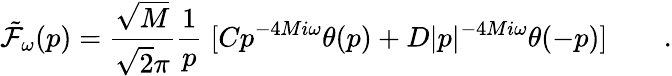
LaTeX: {\tilde{\cal F}}_{\omega}(p)={\frac{\sqrt{M}}{\sqrt{2}\pi}}{\frac{1}{p}}\; [Cp^{-4Mi\omega}\theta(p)+D\vert p\vert^{-4Mi\omega}\theta(-p)]\qquad.